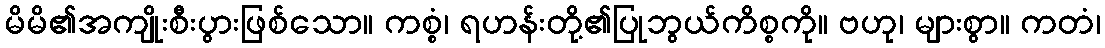
မိမိ၏အကျိုးစီးပွားဖြစ်သော။ ကစ္စံ၊ ရဟန်းတို့၏ပြုဘွယ်ကိစ္စကို။ ဗဟု၊ များစွာ။ ကတံ၊